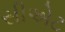
સીએટ